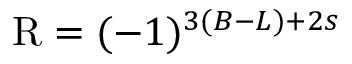
\mathrm { R } = ( - 1 ) ^ { 3 ( B - L ) + 2 s }